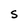
Character: S